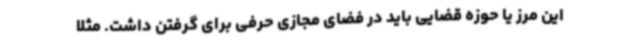
این مرز یا حوزه قضایی باید در فضای مجازی حرفی برای گرفتن داشت. مثلا